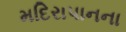
મદિરાપાનના